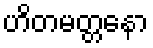
ဟိတမတ္တနော